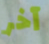
آخر